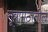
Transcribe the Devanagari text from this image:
सूत्रपाठातील